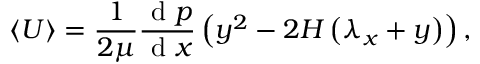
\langle U \rangle = \frac { 1 } { 2 \mu } \frac { \mathrm { ~ d ~ } p } { \mathrm { ~ d ~ } x } \left( y ^ { 2 } - 2 H \left( \lambda _ { x } + y \right) \right) ,